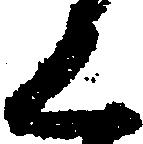
く